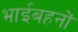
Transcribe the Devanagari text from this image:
भाईबहनों